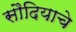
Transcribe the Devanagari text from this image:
सौदियाचे